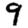
Digit: 9